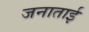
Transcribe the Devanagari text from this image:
जनाताई